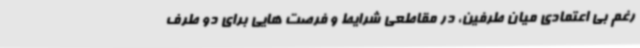
رغم بی اعتمادی میان طرفین، در مقاطعی شرایط و فرصت هایی برای دو طرف